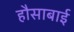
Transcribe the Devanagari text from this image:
हौसाबाई